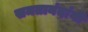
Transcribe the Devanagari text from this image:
समतानंदांनी